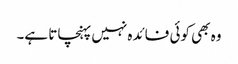
وہ بھی کوئی فائدہ نہیں پہنچاتا ہے۔